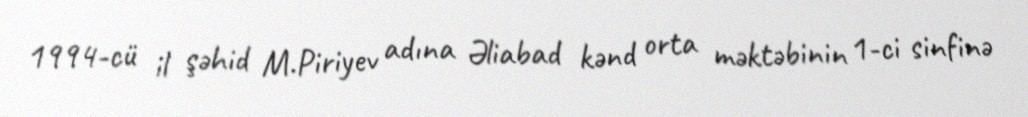
1994-cü il şəhid M.Piriyev adına Əliabad kənd orta məktəbinin 1-ci sinfinə